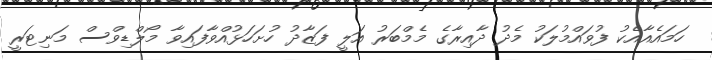
ހަމައެއާއެކު ފުވައްމުލަކު މެދު ދާއިރާގެ މެމްބަރު އަލީ ފަޒާދު ހުށަހަޅުއްވާފައިވާ މޯލްޑިވްސް މަނިޓަރީ